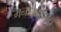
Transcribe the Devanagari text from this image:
मनोआरोग्य